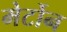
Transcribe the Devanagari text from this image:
मेर्टोन